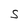
Character: S